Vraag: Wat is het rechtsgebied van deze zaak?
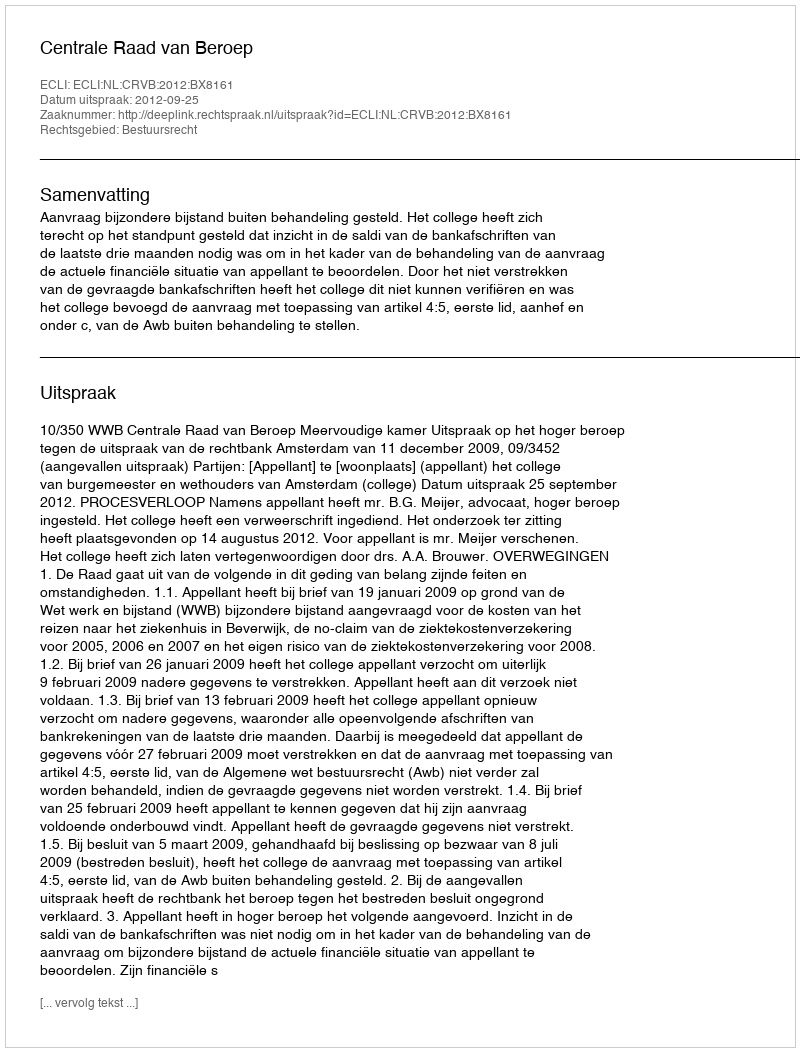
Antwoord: Bestuursrecht